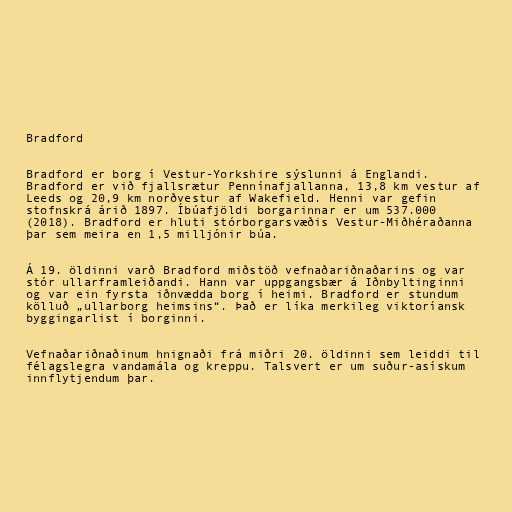
Bradford

Bradford er borg í Vestur-Yorkshire sýslunni á Englandi.
Bradford er við fjallsrætur Pennínafjallanna, 13,8 km vestur af
Leeds og 20,9 km norðvestur af Wakefield. Henni var gefin
stofnskrá árið 1897. Íbúafjöldi borgarinnar er um 537.000
(2018). Bradford er hluti stórborgarsvæðis Vestur-Miðhéraðanna
þar sem meira en 1,5 milljónir búa.

Á 19. öldinni varð Bradford miðstöð vefnaðariðnaðarins og var
stór ullarframleiðandi. Hann var uppgangsbær á Iðnbyltinginni
og var ein fyrsta iðnvædda borg í heimi. Bradford er stundum
kölluð „ullarborg heimsins“. Það er líka merkileg viktoríansk
byggingarlist í borginni.

Vefnaðariðnaðinum hnignaði frá miðri 20. öldinni sem leiddi til
félagslegra vandamála og kreppu. Talsvert er um suður-asískum
innflytjendum þar.